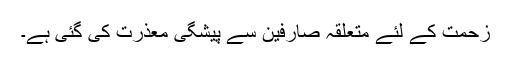
زحمت کے لئے متعلقہ صارفین سے پیشگی معذرت کی گئی ہے۔